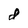
Character: d